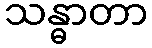
သန္ဓာတာ